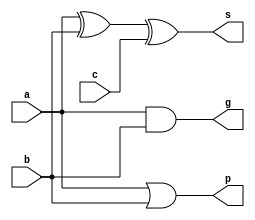
// adder
module add (a, b, c, g, p, s);

	input a, b, c;
	output s, g, p;
	
	assign s = a ^ b ^ c;
	assign g = a & b;
	assign p = a | b;

endmodule